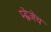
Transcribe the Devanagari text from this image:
म्ह्णेजेच